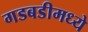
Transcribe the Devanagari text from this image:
गडबडीमध्ये